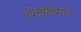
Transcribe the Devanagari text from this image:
प्लिंलिमोन